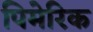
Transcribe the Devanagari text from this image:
पिमेरिक